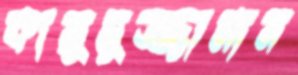
কায়ুমুজ্জামান